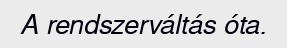
A rendszerváltás óta.